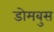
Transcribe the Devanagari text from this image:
डोमबुस